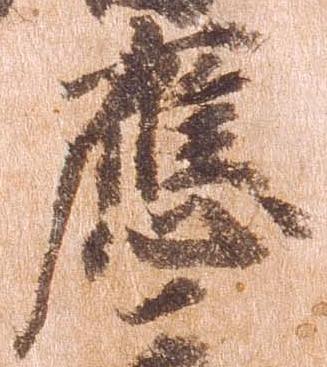
応